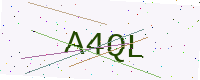
Text: A4QL